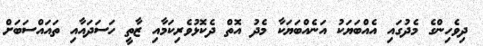
ދިވެހިންގެ މެދުގައި އެއްބަޔަކު އަނެއްބަޔަކާ މެދު އޮތް ދެކޮޅުވެރިކަމާއި ޒާތީ ހަސަދައާއި ތައައްސަބަށް